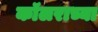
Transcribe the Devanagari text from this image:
कॉलराच्या